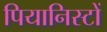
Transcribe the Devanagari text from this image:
पियानिस्टों